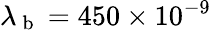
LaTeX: \lambda_{\mathrm{~b~}}=450\times 10^{-9}